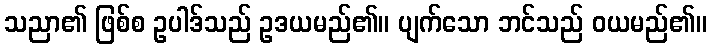
သညာ၏ ဖြစ်စ ဥပါဒ်သည် ဥဒယမည်၏။ ပျက်သော ဘင်သည် ဝယမည်၏။